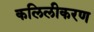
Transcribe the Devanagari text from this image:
कलिलीकरण